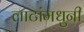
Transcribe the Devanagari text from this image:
लाटांमधुनी